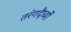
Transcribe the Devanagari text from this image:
तरंगदैर्घ्यों